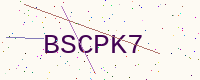
Text: BSCPK7